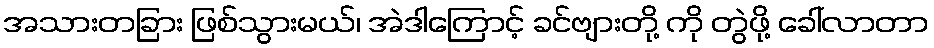
အသားတခြား ဖြစ်သွားမယ်၊ အဲဒါကြောင့် ခင်ဗျားတို့ ကို တွဲဖို့ ခေါ်လာတာ